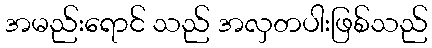
အမည်းရောင် သည် အလှတပါးဖြစ်သည်